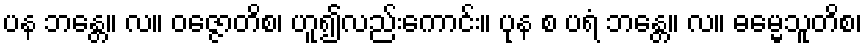
ပန ဘန္တေ။ လ။ ဝဇ္ဇောတိစ၊ ဟူ၍လည်းကောင်း။ ပုန စ ပရံ ဘန္တေ။ လ။ ဓမ္မေသူတိစ၊